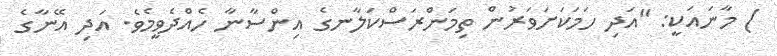
) މާނައަކީ: "އަދި ހަމަކަށަވަރުން ތިމަންރަސްކަލާނގެ އިންސާނާ ހެއްދެވީމެވެ. އަދި އޭނާގެ